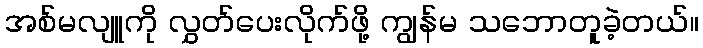
အစ်မလျူကို လွှတ်ပေးလိုက်ဖို့ ကျွန်မ သဘောတူခဲ့တယ်။